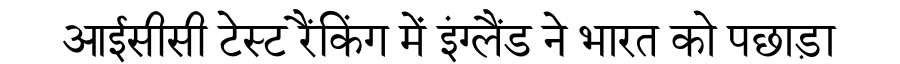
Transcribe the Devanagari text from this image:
आईसीसी टेस्ट रैंकिंग में इंग्लैंड ने भारत को पछाड़ा